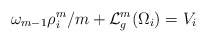
\begin{align*}\omega_{m-1} \rho_i^m / m + \mathcal{L}^m_g (\Omega_i) = V_i\end{align*}